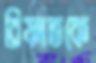
রিফাতকে